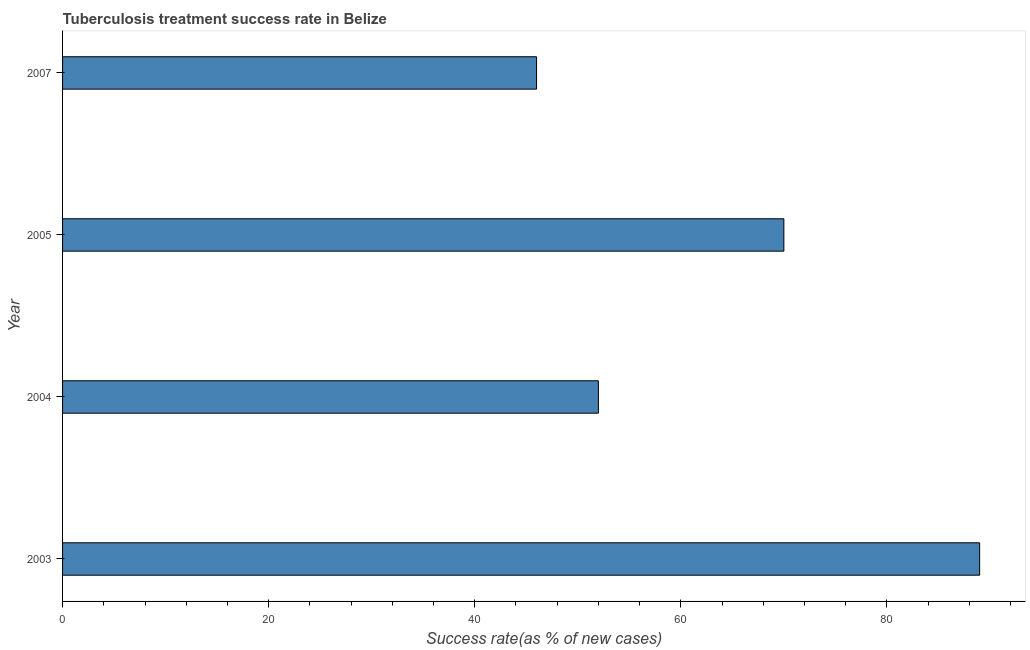
| Year | Tuberculosis treatment success rate |
 | --- | --- |
 | 2003 | 89 |
 | 2004 | 52 |
 | 2005 | 70 |
 | 2007 | 46 |